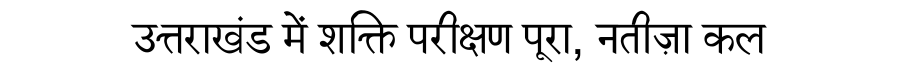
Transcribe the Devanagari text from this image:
उत्तराखंड में शक्ति परीक्षण पूरा, नतीज़ा कल